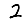
Digit: 2